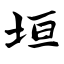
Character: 垣